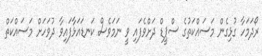
ރޯދަމަހާ ގުޅިގެން މަސައްކަތުގެ ސްޕީޑް ދަށްވެފައި ވީ ނަމަވެސް ކަނޑައަޅާފައިވާ ދުވަހަށް މަސައްކަތް